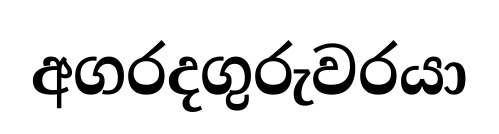
අගරදගුරුවරයා